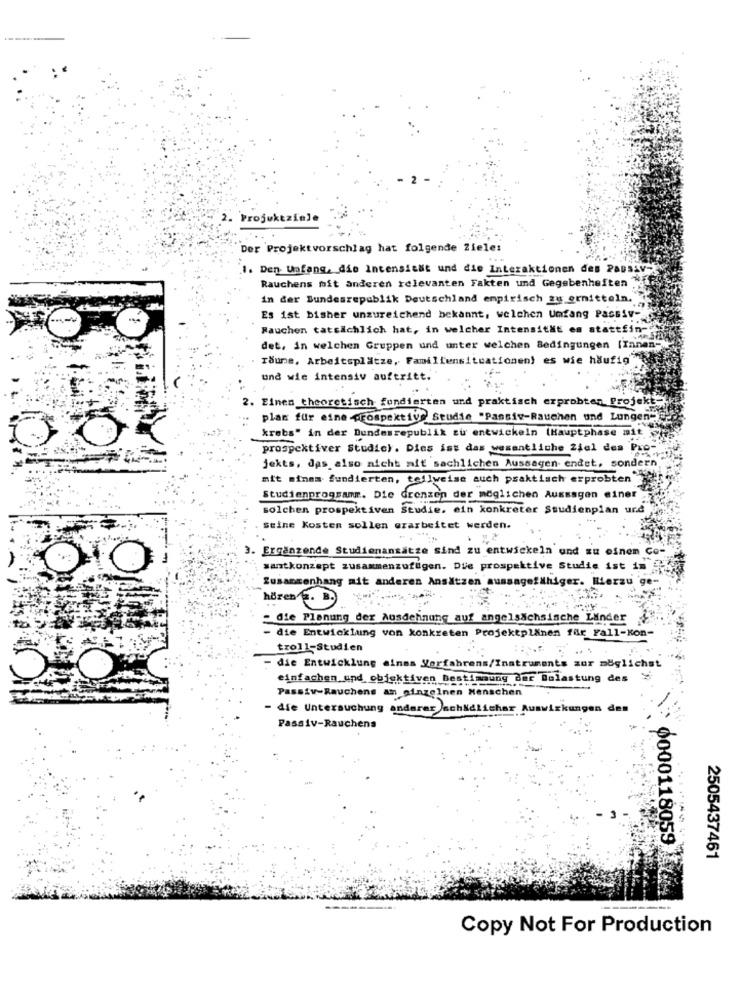
2. Projektziele
Der Projektvorschlag hat folgende Ziele:
1. Den Unfang, die Intensiest und die Interaktionen des Passav
Rauchens mit anderen relevanten Fakten und Gegebenheiten
in der Bundesrepublik Deutschland empirisch zu ermitteln.
Es ist bisher unzureichend bekannt, welchen Umfang Passiv-
Rauchen tatsächlich hat, in welcher Intensität es stattfin-
det, in welchen Gruppen und unter welchen Bedingungen (Innen-
Toune, Arbeitsplätze, Familiensituationen) es wie häufig"
und wie intensiv auftritt.
2. Einen theoretisch fundierten und praktisch erprobten Projekt"
plan für eine prospektive Studie "Passiv-Rauchen und Lungen-
krebs" in der Bundesrepublik Eur entwickeln (Hauptphase mit
prospektiver Studic). Dies ist das wesentliche 24el des Pre-
jekts, das also nicht aff sachlichen Aussagen endet, sondern
mit sinam fundierten, teilweise auch praktisch erprobten
Studienprogram. Die Grenzen der möglichen Aussagen einer
solchen prospektiven Studie. ein konkreter Studienpian urd
Stine Kosten sollen erarbeitet werden.
Ergänzende Studienansätze Sind zu entwickeln und zu einem Co-
santkonzept zusammenzufugen. Die prospektive Studie ist in
Zusammenhang mit anderen Ansätzen aussagefähiger. Hierzu
hören E. B.
- die Planung der Ausdehnung auf angelsächsische Linder
- die Entwicklung von konkreten Projektplänen für Fall-Kon-
troll-Studien
- die Entwicklung ainma Verfahrens/Instruments zur möglichst
einfachen und objektiven Bestimmung dar Bolastung des Xi
Passiv-Rauchens am einzelnen Menschen
- die Untersuchung anderer schädlicher Auswirkungen den
Passiv-Rauchens
0000118059
2505437461
Copy Not For Production